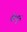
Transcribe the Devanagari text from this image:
खेचुन